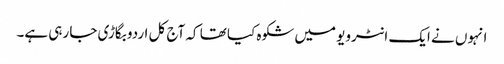
انہوں نے ایک انٹرویو میں شکوہ کیا تھا کہ آج کل اردو بگاڑی جا رہی ہے۔